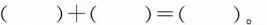
( )+( )=( )。